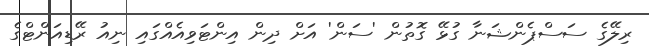
ރިލޭގެ ސަސްޕެންޝަނާ ގުޅޭ ގޮތުން 'ސަން' އަށް ދިން އިންޓަވިއެއްގައި ނިއު ރޭޑިއަންޓްގެ